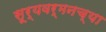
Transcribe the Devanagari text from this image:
सूर्यवर्मनच्या